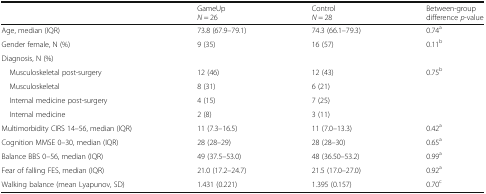
|  | GameUpN = 26 | ControlN = 28 | Between-group difference p-value |
 | --- | --- | --- | --- |
 | Age, median (IQR) | 73.8 (67.9–79.1) | 74.3 (66.1–79.3) | 0.74a |
 | Gender female, N (%) | 9 (35) | 16 (57) | 0.11b |
 | <COLSPAN=4> Diagnosis, N (%) |
 | Musculoskeletal post-surgery | 12 (46) | 12 (43) | 0.75b |
 | Musculoskeletal | 8 (31) | 6 (21) |  |
 | Internal medicine post-surgery | 4 (15) | 7 (25) |  |
 | Internal medicine | 2 (8) | 3 (11) |  |
 | Multimorbidity CIRS 14–56, median (IQR) | 11 (7.3–16.5) | 11 (7.0–13.3) | 0.42a |
 | Cognition MMSE 0–30, median (IQR) | 28 (28–29) | 28 (28–30) | 0.65a |
 | Balance BBS 0–56, median (IQR) | 49 (37.5–53.0) | 48 (36.50–53.2) | 0.99a |
 | Fear of falling FES, median (IQR) | 21.0 (17.2–24.7) | 21.5 (17.0–27.0) | 0.92a |
 | Walking balance (mean Lyapunov, SD) | 1.431 (0.221) | 1.395 (0.157) | 0.70c |